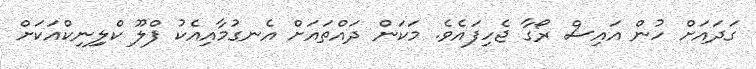
ގަދައަށް ހުން އައިސް ރޯގާ ޖެހިފައެވެ. މަކަން ދައްތައަށް އެނގުމާއިއެކު ފްލޫ ކްލިިނިކްއަކަށް